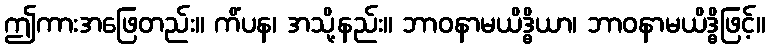
ဤကားအဖြေတည်း။ ကိံပန၊ အသို့နည်း။ ဘာဝနာမယိဒ္ဓိယာ၊ ဘာဝနာမယိဒ္ဓိဖြင့်။